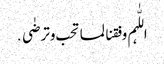
اللّٰہم وفقنا لما تحب وترضٰی․